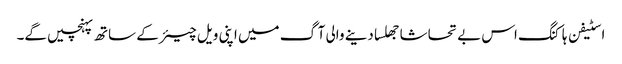
اسٹیفن ہاکنگ اس بے تحاشا جھلسا دینے والی آگ میں اپنی ویل چیئر کے ساتھ پہنچیں گے۔